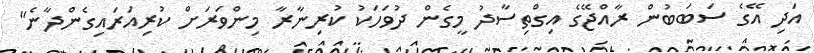
އަދި އޭގެ ސަބަބުން ރާއްޖޭގެ އިގްތިސާދު މީގެން ދުވަހަކު ކުރިނާރާ މިންވަރަށް ކުރިއަރައިގެންދާނެ"